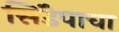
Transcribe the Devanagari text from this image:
सिंडेपाचा